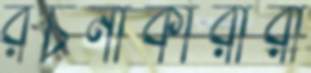
রচনাকারীরা